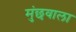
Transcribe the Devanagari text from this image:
मुंछवाला